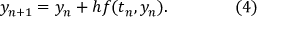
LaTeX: y _ { n + 1 } = y _ { n } + h f ( t _ { n } , y _ { n } ) . \qquad \qquad ( 4 )